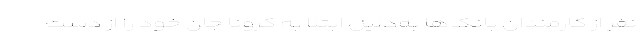
نفر از کارمندان بانک‌ها به‌دلیل ابتلا به کرونا جان خود را از دست